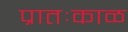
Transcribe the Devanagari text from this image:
प्रातःकाळ